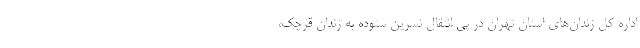
اداره کل زندان‌های استان تهران در پی انتقال نسرین ستوده به زندان قرچک،